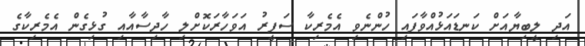
އަދި ލީބިޔާއަށް ކަނޑައަޅުއްވާފައި ހުންނެވި އެމެރިކާ ސަފީރު އަވަހާރަކޮށްލި ހާދިސާއާއި ގުޅިގެން އެމެރިކާގެ